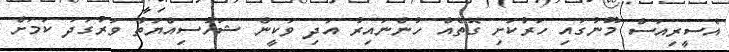
އެސީރިއަސް މޫނުގައި ހަރުކަށި ގޮތެއް ހުންނައިރު އަދި ވަކީން ޝަހުސިއްޔަތު ވަރުގަދަ ކަމަށް